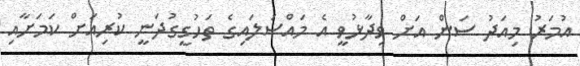
އުމަރު މިއަދު ސަން އަށް ވިދާޅުވީ އެ މައްސަލައިގެ ތަހުގީގުދަނީ ކުރިއަށް ކަމަށާއި